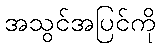
အသွင်အပြင်ကို